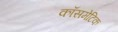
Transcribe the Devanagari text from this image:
कॉसमेटिक